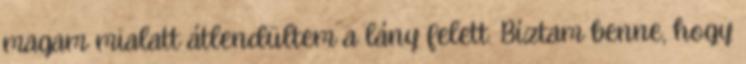
magam mialatt átlendültem a lány felett. Bíztam benne, hogy